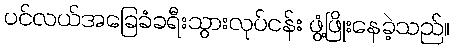
ပင်လယ်အခြေခံခရီးသွားလုပ်ငန်း ဖွံ့ဖြိုးနေခဲ့သည်။